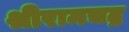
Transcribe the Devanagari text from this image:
श्रीरामचद्र